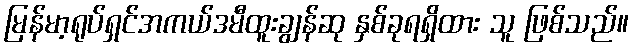
မြန်မာ့ရုပ်ရှင်အကယ်ဒမီထူးချွန်ဆု နှစ်ခုရရှိထား သူ ဖြစ်သည်။